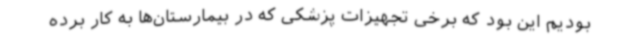
بودیم این بود که برخی تجهیزات پزشکی که در بیمارستان‌ها به کار برده